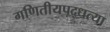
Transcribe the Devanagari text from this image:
गणितीयपद्धत्या